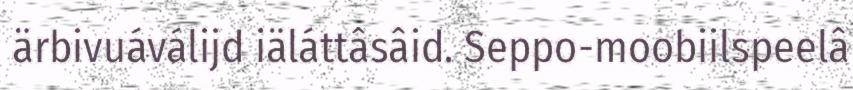
ärbivuáválijd iäláttâsâid. Seppo-moobiilspeelâ